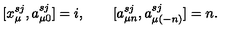
[ x _ { \mu } ^ { s j } , a _ { \mu 0 } ^ { s j } ] = i , \qquad [ a _ { \mu n } ^ { s j } , a _ { \mu ( - n ) } ^ { s j } ] = n .